Annual administration report of the Civil Veterinary Department of India - 1899-1900
Year: 1899
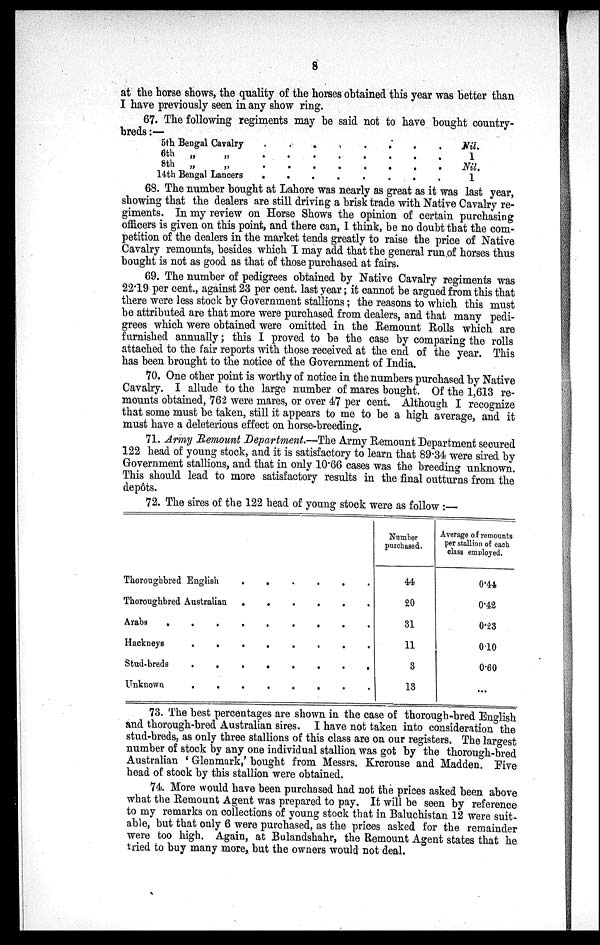
8
at the horse shows, the quality of the horses obtained this year was better than
I have previously seen in any show ring.
67. The following regiments may be said not to have bought country-
breds:—
5th Bengal Cavalry
.
.
.
.
.
.
.
.
6th
.
.
.
.
.
.
.
.
8th
.
.
.
.
.
.
.
.
14th Bengal Lancers
.
.
.
.
.
.
.
.
Nil.
1
Nil.
1
68. The number bought at Lahore was nearly as great as it was last year,
showing that the dealers are still driving a brisk trade with Native Cavalry re-
giments. In my review on Horse Shows the opinion of certain purchasing
officers is given on this point, and there can, I think, be no doubt that the com-
petition of the dealers in the market tends greatly to raise the price of Native
Cavalry remounts, besides which I may add that the general run of horses thus
bought is not as good as that of those purchased at fairs.
69. The number of pedigrees obtained by Native Cavalry regiments was
22.19 per cent., against 23 per cent. last year; it cannot be argued from this that
there were less stock by Government stallions; the reasons to which this must
be attributed are that more were purchased from dealers, and that many pedi-
grees which were obtained were omitted in the Remount Rolls which are
furnished annually; this I proved to be the case by comparing the rolls
attached to the fair reports with those received at the end of the year. This
has been brought to the notice of the Government of India.
70. One other point is worthy of notice in the numbers purchased by Native
Cavalry. I allude to the large number of mares bought. Of the 1,613 re-
mounts obtained, 762 were mares, or over 47 per cent. Although I recognize
that some must be taken, still it appears to me to be a high average, and it
must have a deleterious effect on horse-breeding.
71. Army Remount Department.—The Army Remount Department secured
122 head of young stock, and it is satisfactory to learn that 89.34 were sired by
Government stallions, and that in only 10.66 cases was the breeding unknown.
This should lead to more satisfactory results in the final outturns from the
depôts.
72. The sires of the 122 head of young stock were as follow:—
Thoroughbred English
.
.
.
.
.
.
.
.
Thoroughbred Australian
.
.
.
.
.
.
.
.
Arabs
.
.
.
.
.
.
.
.
Hackneys
.
.
.
.
.
.
.
.
Stud-breds
.
.
.
.
.
.
.
.
Unknown
.
.
.
.
.
.
.
.
Number
purchased.
44
20
31
11
3
13
Average of remounts
per stallion of each
class employed.
0.44
0.42
0.23
010
0.60
73. The best percentages are shown in the case of thorough-bred English
and thorough-bred Australian sires. I have not taken into consideration the
stud-breds, as only three stallions of this class are on our registers. The largest
number of stock by any one individual stallion was got by the thorough-bred
Australian 'Glenmark,' bought from Messrs. Krcrouse and Madden. Five
head of stock by this stallion were obtained.
74. More would have been purchased had not the prices asked been above
what the Remount Agent was prepared to pay. It will be seen by reference
to my remarks on collections of young stock that in Baluchistan 12 were suit-
able, but that only 6 were purchased, as the prices asked for the remainder
were too high. Again, at Bulandshahr, the Remount Agent states that he
tried to buy many more, but the owners would not deal.